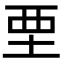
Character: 垔